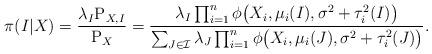
LaTeX: \begin{align*}\pi(I|X)=\frac{\lambda_I \mathrm{P}_{X,I}}{\mathrm{P}_X}=\frac{\lambda_I \prod_{i=1}^n \phi\big(X_i,\mu_i(I), \sigma^2+\tau_i^2(I)\big)}{\sum_{J\in\mathcal{I}}\lambda_J\prod_{i=1}^n \phi\big(X_i,\mu_i(J), \sigma^2+\tau_i^2(J)\big)}.\end{align*}